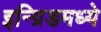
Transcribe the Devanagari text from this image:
इन्ग्रिडमध्ये